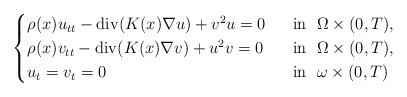
LaTeX: \begin{align*}\begin{cases}\rho(x) u_{tt} - \operatorname{div}(K(x) \nabla u) + v^2u =0 &~\hbox{ in }~ \Omega \times (0,T), \\\rho(x) v_{tt} - \operatorname{div}(K(x) \nabla v) + u^2v=0 &~\hbox{ in }~ \Omega\times (0,T), \\u_t=v_t=0 &~\hbox{ in }~ \omega\times(0,T)\end{cases}\end{align*}